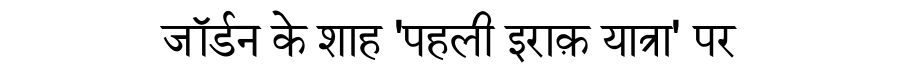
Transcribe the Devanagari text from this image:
जॉर्डन के शाह 'पहली इराक़ यात्रा' पर